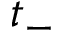
t _ { - }